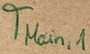
Text: TMain,1